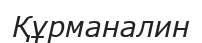
Құрманалин